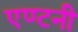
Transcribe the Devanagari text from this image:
एण्टनी